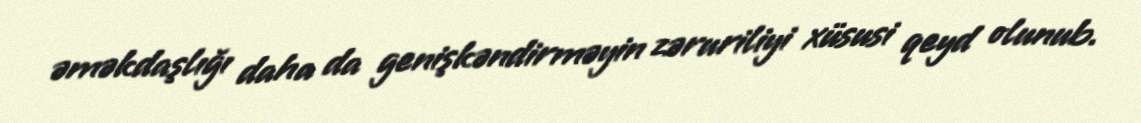
əməkdaşlığı daha da genişkəndirməyin zəruriliyi xüsusi qeyd olunub.